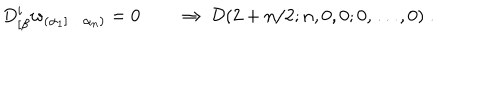
LaTeX: D _ { [ \beta } ^ { i } w _ { ( \alpha _ { 1 } ] \ldots \alpha _ { n } ) } = 0 \qquad \Rightarrow \ { \cal D } ( 2 + n / 2 ; n , 0 , 0 ; 0 , \ldots , 0 ) \; .